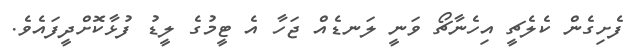
ފެށިގެން ކެލެޗީ އިހެނާޗޯ ވަނީ ލަނޑެއް ޖަހާ އެ ޓީމުގެ ލީޑު ފުޅާކޮށްދީފައެވެ.